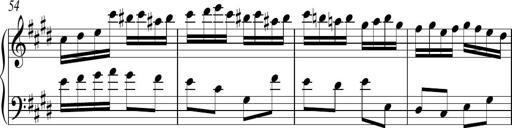
Title: Ten Piano Sonatinas
Composer: Andreas Sain